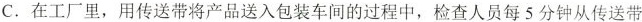
C.在工厂里，用传送带将产品送入包装车间的过程中，检查人员每5分钟从传送带